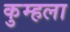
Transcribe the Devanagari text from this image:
कुम्हला